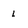
Character: l